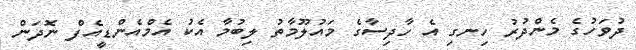
ދުވަހުގެ މެންދުރު ހިނގި އެ ހާދިސާގެ މައުލޫމާތު ލިބުމާ އެކު އެމްއެންޑީއެފް ނޮދަން